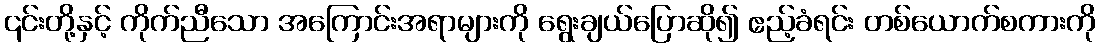
၎င်းတို့နှင့် ကိုက်ညီသော အကြောင်းအရာများကို ရွေးချယ်ပြောဆို၍ ဧည့်ခံရင်း တစ်ယောက်စကားကို